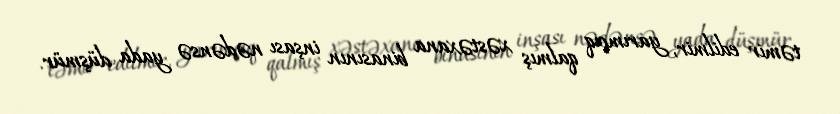
təmir edilmir, yarımçıq qalmış xəstəxana binasının inşası nədənsə yada düşmür.